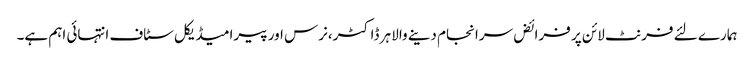
ہمارے لئے فرنٹ لائن پر فرائض سرانجام دینے والا ہر ڈاکٹر،نرس اور پیرامیڈیکل سٹاف انتہائی اہم ہے۔